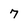
Character: 7